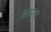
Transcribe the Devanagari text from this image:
आरप